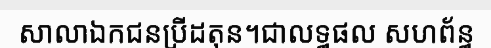
សាលាឯកជនប្រីដតុន។ជាលទ្ធផល សហព័ន្ធ